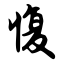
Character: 愎